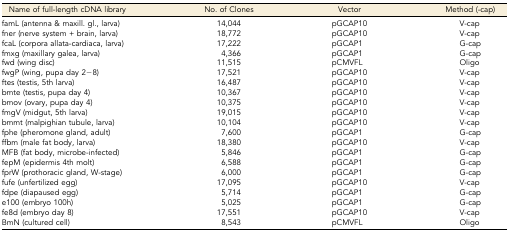
| Name of full-length cDNA library | No. of Clones | Vector | Method (-cap) |
 | --- | --- | --- | --- |
 | famL (antenna & maxill. gl., larva) | 14,044 | pGCAP10 | V-cap |
 | fner (nerve system + brain, larva) | 18,772 | pGCAP10 | V-cap |
 | fcaL (corpora allata-cardiaca, larva) | 17,222 | pGCAP1 | G-cap |
 | fmxg (maxillary galea, larva) | 4,366 | pGCAP1 | G-cap |
 | fwd (wing disc) | 11,515 | pCMVFL | Oligo |
 | fwgP (wing, pupa day 2−8) | 17,521 | pGCAP10 | V-cap |
 | ftes (testis, 5th larva) | 16,487 | pGCAP10 | V-cap |
 | bmte (testis, pupa day 4) | 10,367 | pGCAP10 | V-cap |
 | bmov (ovary, pupa day 4) | 10,375 | pGCAP10 | V-cap |
 | fmgV (midgut, 5th larva) | 19,015 | pGCAP10 | V-cap |
 | bmmt (malpighian tubule, larva) | 10,104 | pGCAP10 | V-cap |
 | fphe (pheromone gland, adult) | 7,600 | pGCAP1 | G-cap |
 | ffbm (male fat body, larva) | 18,380 | pGCAP10 | V-cap |
 | MFB (fat body, microbe-infected) | 5,846 | pGCAP1 | G-cap |
 | fepM (epidermis 4th molt) | 6,588 | pGCAP1 | G-cap |
 | fprW (prothoracic gland, W-stage) | 6,000 | pGCAP1 | G-cap |
 | fufe (unfertilized egg) | 17,095 | pGCAP10 | V-cap |
 | fdpe (diapaused egg) | 5,714 | pGCAP1 | G-cap |
 | e100 (embryo 100h) | 5,025 | pGCAP1 | G-cap |
 | fe8d (embryo day 8) | 17,551 | pGCAP10 | V-cap |
 | BmN (cultured cell) | 8,543 | pCMVFL | Oligo |